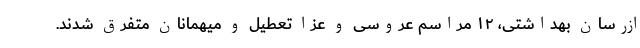
ازرسان بهداشتی، ۱۲ مراسم عروسی و عزا تعطیل و میهمانان متفرق شدند.